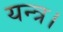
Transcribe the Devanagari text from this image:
यन्त्र।